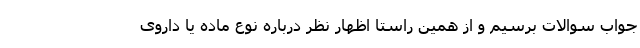
جواب سوالات برسیم و از همین راستا اظهار نظر درباره نوع ماده یا داروی